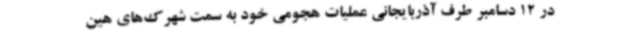
در 12 دسامبر طرف آذربایجانی عملیات هجومی خود به سمت شهرک‌های هین